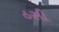
ઠસી